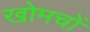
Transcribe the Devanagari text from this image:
खोमचों